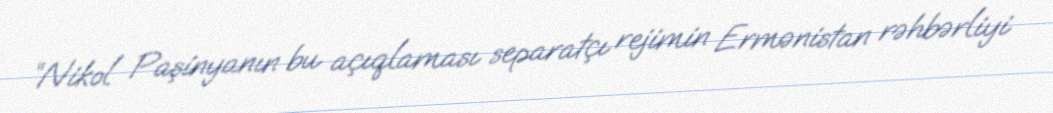
“Nikol Paşinyanın bu açıqlaması separatçı rejimin Ermənistan rəhbərliyi